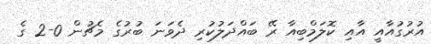
އުރުގުއާއީ އާއި ކޮލަމްބިއާ ރޭ ބައްދަލުކުރި ދެވަނަ ބުރުގެ މެޗުން 0-2 ގެ